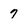
Character: 7